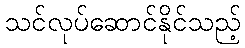
သင်လုပ်ဆောင်နိုင်သည့်